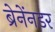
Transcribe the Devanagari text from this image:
ब्रेनेंनडर